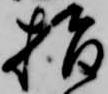
指